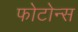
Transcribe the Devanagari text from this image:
फोटोन्स